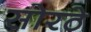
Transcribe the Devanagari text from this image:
सोरठे